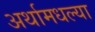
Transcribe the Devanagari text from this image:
अर्थामधल्या